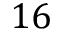
1 6